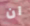
ان